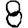
Digit: 8